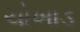
ચોખાડ